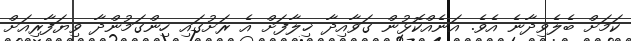
ކަމަށް ބެލެވިދާނެ އެވެ. އަނެއްކޮޅުން ގަވާއިދާ ޚިލާފަށް އެ ރަށުގައި ހިންގަމުންދާ ވިޔަފާރިއަށް